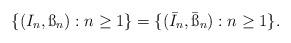
LaTeX: \begin{align*}\{(I_n,\ss_n):n\geq 1\}= \{(\bar{I}_n,\bar{\ss}_n):n\geq 1\}.\end{align*}